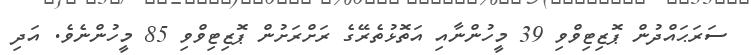
ސަރަޙައްދުން ޕޮޒިޓިވްވި 39 މީހުންނާއި އަތޮޅުތެރޭގެ ރަށްރަށުން ޕޮޒިޓިވްވި 85 މީހުންނެވެ. އަދި